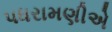
પધરામણીએ